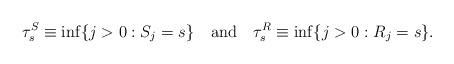
LaTeX: \begin{align*}\tau_s^S \equiv \inf\{j > 0: S_j = s\} ~~\mbox{ and } ~~\tau_s^R \equiv \inf\{j > 0: R_j = s\}.\end{align*}